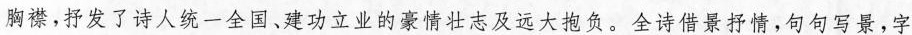
胸襟，抒发了诗人统一全国、建功立业的豪情壮志及远大抱负。全诗借景抒情，句句写景，字